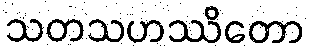
သတသဟဿိတော